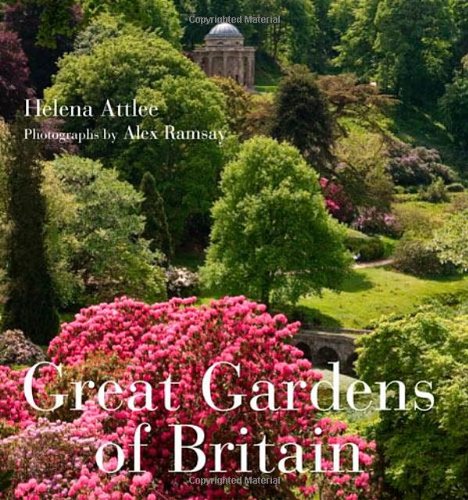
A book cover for Great Gardens of Britain; Helena Attlee; Crafts, Hobbies & Home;